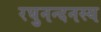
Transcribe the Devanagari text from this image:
रघुनन्दनस्य